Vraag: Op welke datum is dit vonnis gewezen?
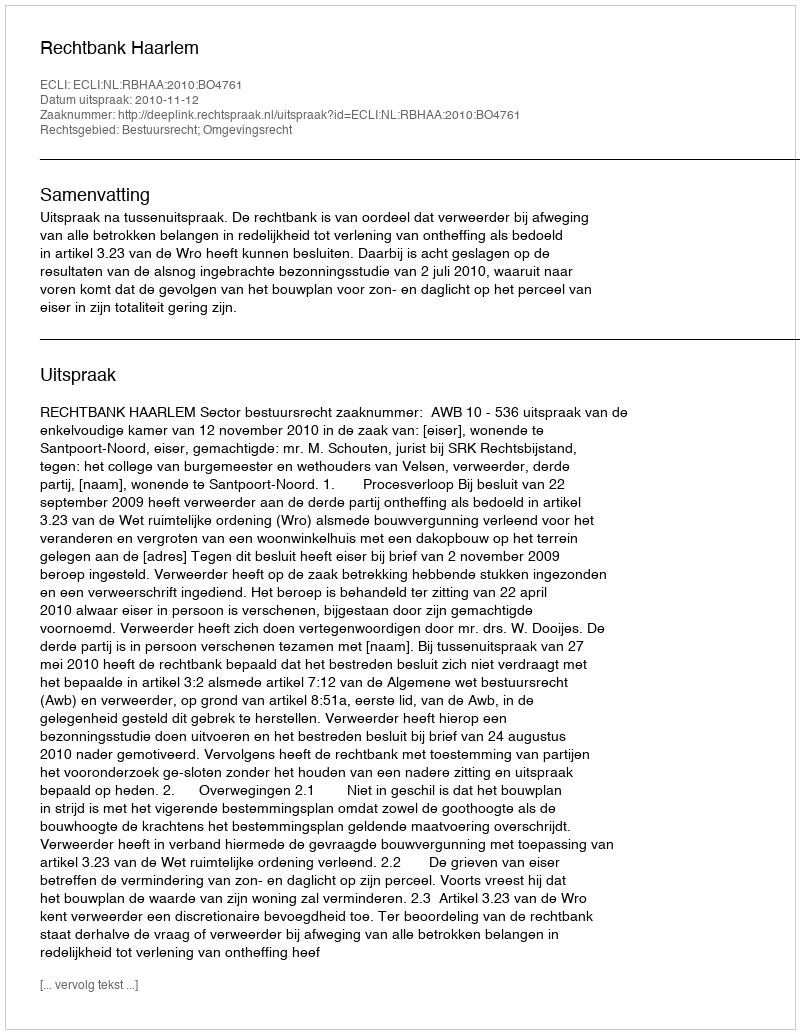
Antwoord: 2010-11-12